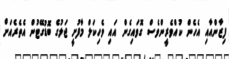
ފިޒާންއާއި އެހެން ކުއްވެރީންވެސް ގޮވައިގެން އައި ވެހިކަލް މާފުށީ ޖަލުގެ ބޮޑުގޭޓުން އެތެރެއަށް